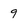
Character: 9